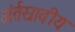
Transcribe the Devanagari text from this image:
अंर्तस्रावीय